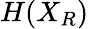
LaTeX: H(X_{R})